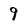
Character: 9